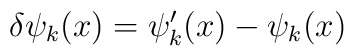
\delta\psi_k (x) = \psi'_k (x) - \psi_k (x)\,